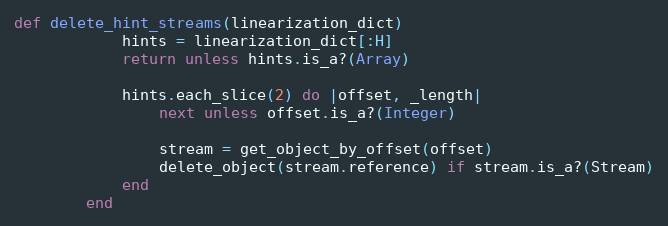
Language: Ruby
def delete_hint_streams(linearization_dict)
            hints = linearization_dict[:H]
            return unless hints.is_a?(Array)

            hints.each_slice(2) do |offset, _length|
                next unless offset.is_a?(Integer)

                stream = get_object_by_offset(offset)
                delete_object(stream.reference) if stream.is_a?(Stream)
            end
        end